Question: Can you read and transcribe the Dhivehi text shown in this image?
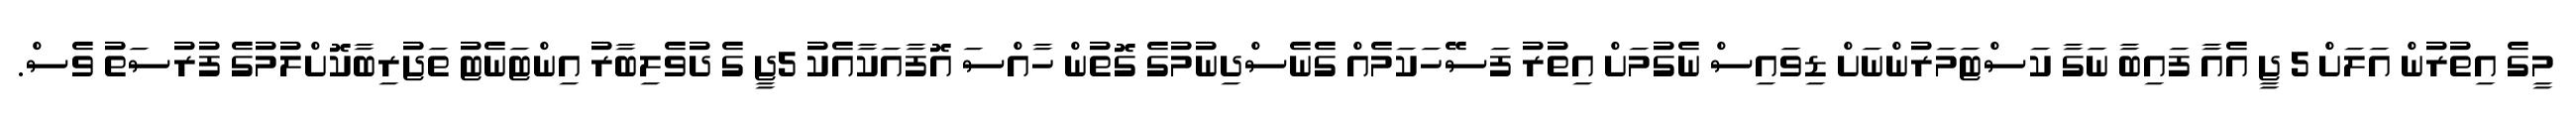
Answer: މީގެ އިތުރުން އަލަށް 5 ޖީ އެއާ ފައިބާ ނަގާ ކަސްޓަމަރުންނަށް ޑިވައިސް ނެގުމަށް އިތުރު ފަސޭހަކަމެއް ގެނެސްދިނުމުގެ ގޮތުން ހާއްސަ އޮފާއަކާއެކު 5ޖީ ގެ ދުވެލިބާރު އިންޓަނެޓު ތަޖުރިބާކޮށްލުމުގެ ފުރުސަތު ވެސް.